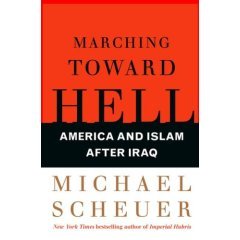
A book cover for Marching Toward Hell [Unabridged] [Audio] [Audio Cd]; Michael Scheuer; Humor & Entertainment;